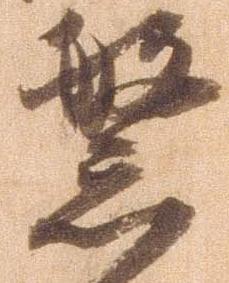
繁